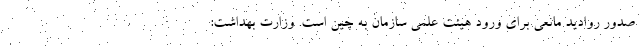
صدور روادید مانعی برای ورود هیئت علمی سازمان به چین است. وزارت بهداشت: